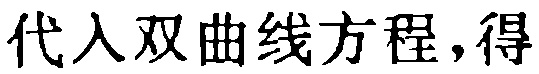
代入双曲线方程,得